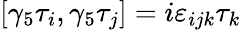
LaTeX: \left[\gamma_{5}\tau_{i},\gamma_{5}\tau_{j}\right]=i\varepsilon_{ijk}\tau_{k}